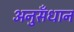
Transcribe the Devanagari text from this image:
अनुसँधान